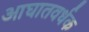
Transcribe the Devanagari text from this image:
आघातवर्धक